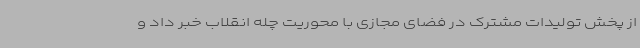
از پخش تولیدات مشترک در فضای مجازی با محوریت چله انقلاب خبر داد و